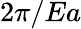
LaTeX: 2\pi/Ea